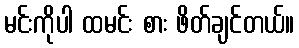
မင်းကိုပါ ထမင်း စား ဖိတ်ချင်တယ်။